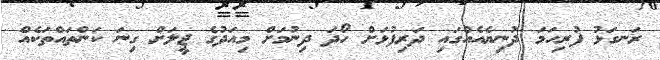
ރަނގަޅު ފުރިހަމަ ދުނިޔެއެއްގައި ދަރިފުޅަށް ހޯދަ ދިނުމަށް މިއަދުގެ ޖީލަށް ގިނަ ކަންތައްތަކެއް